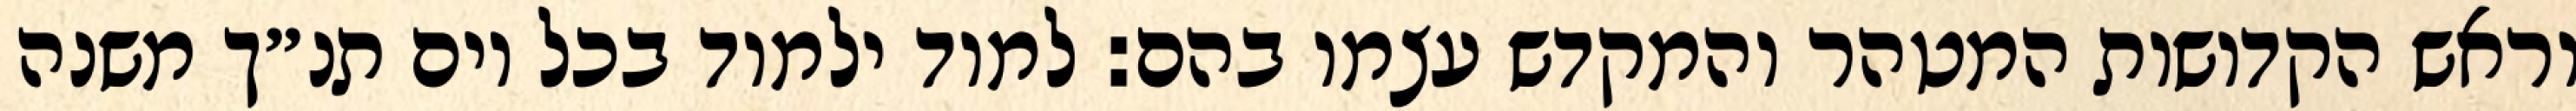
וראש הקדושות המטהר והמקדש עצמו בהם: למוד ילמוד בכל יום תנ״ך משנה